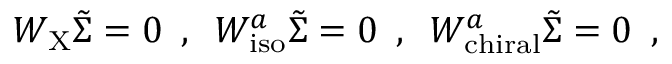
W _ { \mathrm { X } } \tilde { \Sigma } = 0 \, \, \, , \, \, \, W _ { \mathrm { i s o } } ^ { a } \tilde { \Sigma } = 0 \, \, \, , \, \, \, W _ { \mathrm { c h i r a l } } ^ { a } \tilde { \Sigma } = 0 \, \, \, ,